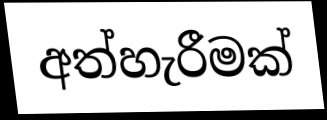
අත්හැරීමක්